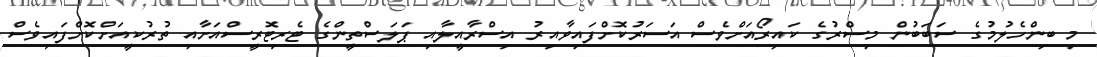
މި ބިންހެލުމުގެ ސަބަބުން މިސްރުގެ ކައިރޯއަށްވެސް އަަސަރުކޮށްފައިވާއިރު އިސްރާއީލާއި ޕަލަސްތީންގެ ޓެރިޓޮރީސްއަށާއި ތުރުކީއަށްކޮށްފައިވެސް